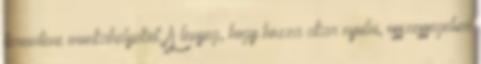
teremtene munkahelyeket. A lenyeg, hogy hozza akar nyulni, osszessegeben